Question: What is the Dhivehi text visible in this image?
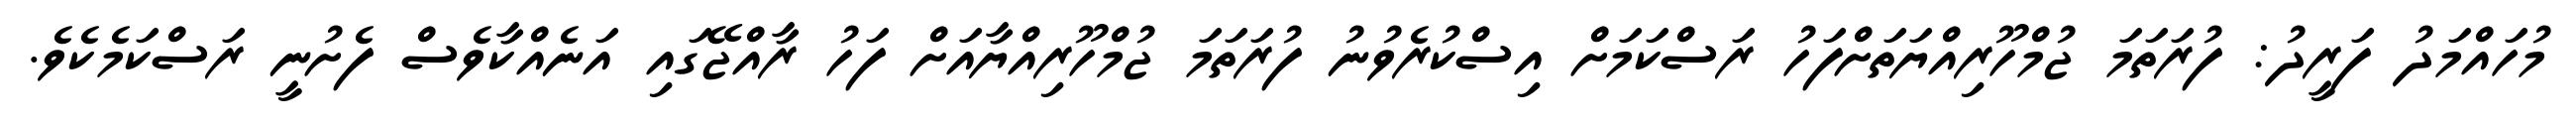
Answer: މުހައްމަދު ފަރީދު: ފުރަތަމަ ޖުމްހޫރިއްޔަތަށްފަހު ރަސްކަމަށް އިސްކުރެވުނު ފުރަތަމަ ޖުމްހޫރިއްޔާއަށް ފަހު ރާއްޖޭގައި އަނެއްކާވެސް ފެށުނީ ރަސްކަމެކެވެ.